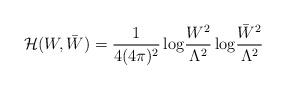
LaTeX: \begin{align*}{\cal H}(W,\bar{W})=\frac{1}{4(4\pi)^2}\,{\rm log}\frac{W^2}{\Lambda^2}\,{\rm log}\frac{\bar{W}^2}{\Lambda^2}\,\end{align*}